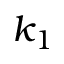
k _ { 1 }